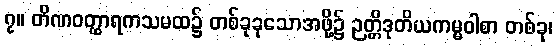
၇။ တိဏဝတ္ထာရကသမထ၌ တစ်ခုခုသောအဖို့၌ ဉတ္တိဒုတိယကမ္မဝါစာ တစ်ခု၊